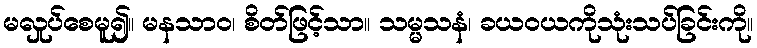
မလှုပ်စေမူ၍။ မနသာဝ၊ စိတ်ဖြင့်သာ။ သမ္မသနံ၊ ခယဝယကိုသုံးသပ်ခြင်းကို။